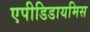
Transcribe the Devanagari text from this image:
एपीडिडायमिस